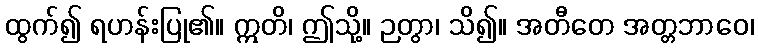
ထွက်၍ ရဟန်းပြု၏။ ဣတိ၊ ဤသို့။ ဉတွာ၊ သိ၍။ အတီတေ အတ္တဘာဝေ၊